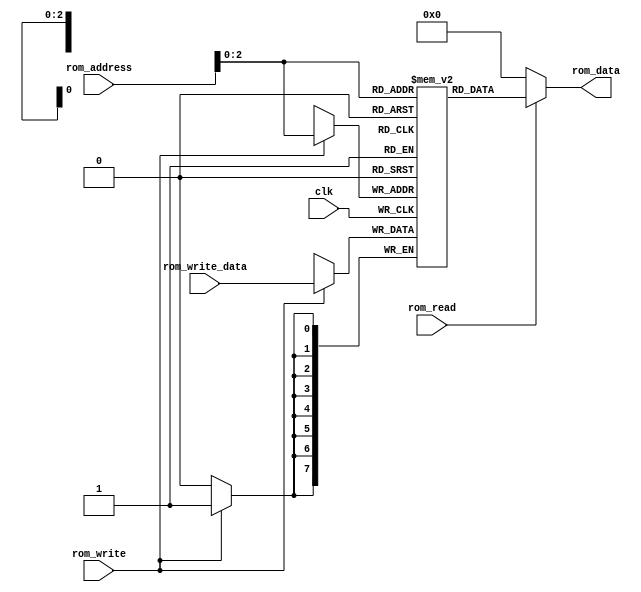
`timescale 1ns / 1ps
//////////////////////////////////////////////////////////////////////////////////
// Company: 
// Engineer: 
// 
// Design Name: 
// Module Name:    Data_Memory 
// Project Name: 
// Target Devices: 
// Tool versions: 
// Description: 
//
// Dependencies: 
//
// Revision: 
// Revision 0.01 - File Created
// Additional Comments: 
//
//////////////////////////////////////////////////////////////////////////////////
module Data_Memory(
 input clk,
 input [7:0]   rom_address,
 input [7:0]   rom_write_data,
 input rom_write,
 input rom_read,
 output [7:0]  rom_data
    );
	 
 reg [7:0] memory [7:0];
wire [2:0] location=rom_address[2:0];

initial
 begin
 memory [0] = 8'b00001010;
 memory [1] = 8'b11111111;
 memory [2] = 8'b00000001;
 memory [3] = 8'b00000001;
 memory [4] = 8'b00000000;
 memory [5] = 8'b00000000;
 memory [6] = 8'b00000000;
 memory [7] = 8'b00000000;
 end
 
 always @(posedge clk) begin
  if (rom_write)
   memory[location] <= rom_write_data;
 end
 assign rom_data = (rom_read==1'b1) ? memory[location]: 8'd0; 

endmodule